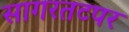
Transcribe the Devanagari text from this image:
सागरतटपर